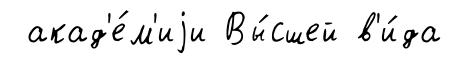
акад'е́м'иjи Вы́сшей в'и́да